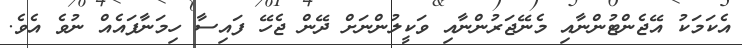
އެކަމަކު އޭޖެންޓުންނާއި މެނޭޖަރުންނާއި ވަކީލުންނަށް ދޭން ޖެހޭ ފައިސާ ހިމަނާފައެއް ނުވެ އެވެ.